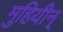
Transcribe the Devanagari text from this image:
मुहियीन्